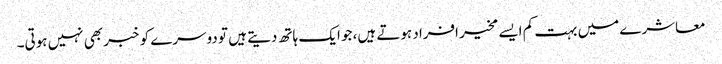
معاشرے میں بہت کم ایسے مخیر افراد ہوتے ہیں، جو ایک ہاتھ دیتے ہیں تو دوسرے کو خبر بھی نہیں ہوتی۔